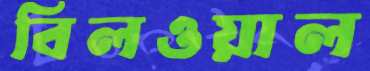
বিলওয়াল